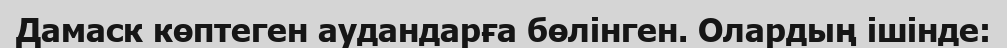
Дамаск көптеген аудандарға бөлінген. Олардың ішінде: